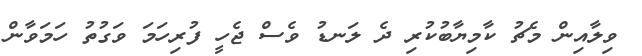
ވިލާއިން މެޗު ކާމިޔާބުކުރި ދެ ލަނޑު ވެސް ޖެހީ ފުރިހަމަ ވަގުތު ހަމަވާން